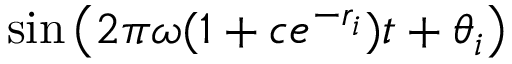
\sin \left( 2 \pi \omega ( 1 + c e ^ { - r _ { i } } ) t + \theta _ { i } \right)